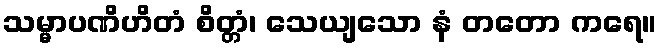
သမ္မာပဏိဟိတံ စိတ္တံ၊ သေယျသော နံ တတော ကရေ။